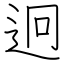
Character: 迥